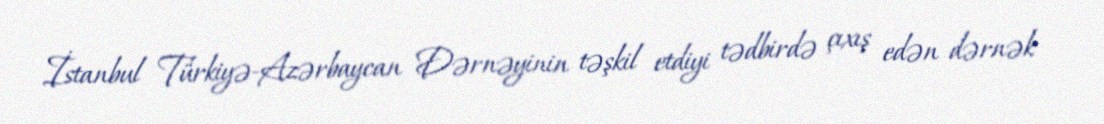
İstanbul Türkiyə-Azərbaycan Dərnəyinin təşkil etdiyi tədbirdə çıxış edən dərnək